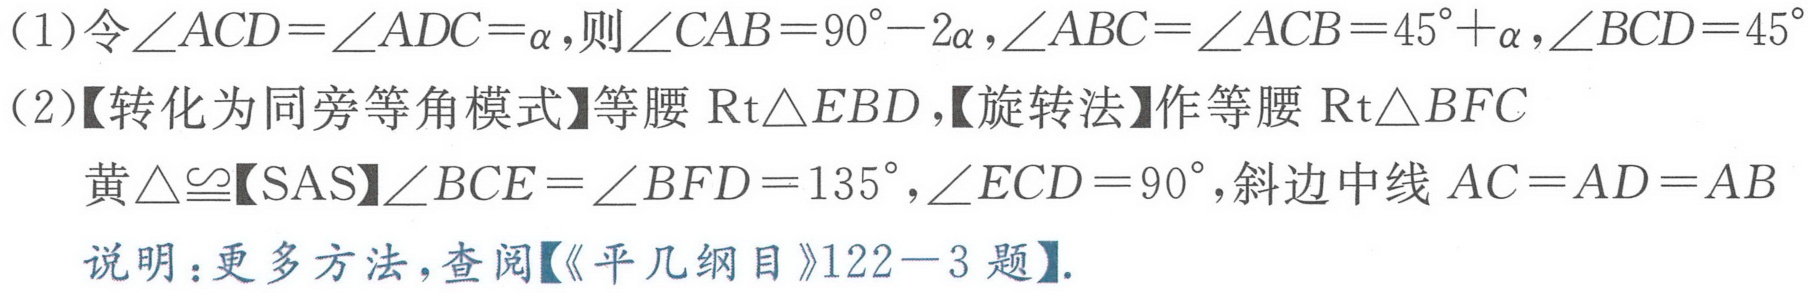
(1)令\(\angle ACD=\angle ADC = \alpha\), 则\(\angle CAB = 90^{\circ}-2\alpha\), \(\angle ABC=\angle ACB = 45^{\circ}+\alpha\), \(\angle BCD = 45^{\circ}\)
(2)【转化为同旁等角模式】等腰\(\text{Rt}\triangle EBD\),【旋转法】作等腰\(\text{Rt}\triangle BFC\)
黄\(\triangle\cong\)【SAS】\(\angle BCE=\angle BFD = 135^{\circ}\), \(\angle ECD = 90^{\circ}\), 斜边中线 \(AC = AD = AB\)
说明：更多方法, 查阅【《平几纲目》122 - 3题】.